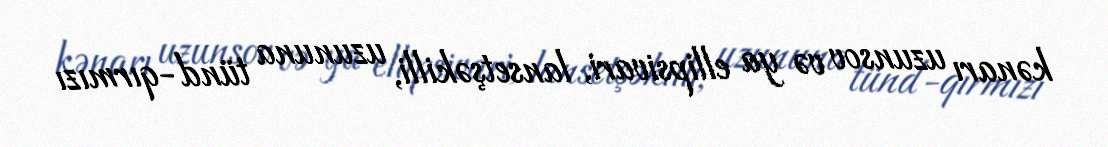
kənarı uzunsov və ya ellipsivari, lansetşəkilli, uzununa tünd-qırmızı